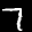
Label: 7